画像に写った文字を読んでください
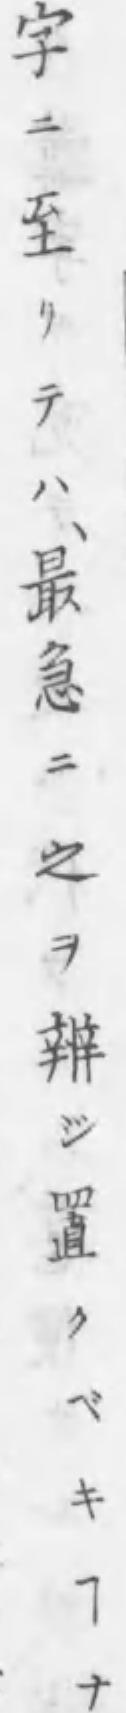
「字ニ至リテハ、最急ニ之ヲ辨ジ置クベキヿナ」と書いてあります